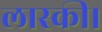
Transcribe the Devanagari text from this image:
लास्की।